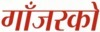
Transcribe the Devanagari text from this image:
गाँजरको